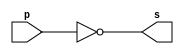
// ------------------------- 
// Extra0001 - BASE 
// Nome: Thaise Souto Martins 
// ------------------------- 

// ------------------------- 
// -- not gate 
// ------------------------- 
	module notgate (output s, input p); 
	assign s = ~p; 
	endmodule // notgate
	
// ------------------------- 
// -- test not gate 
// ------------------------- 
	module testnotgate; 
// ------------------------- dados locais 
	reg a; // definir registrador 
			 // (variavel independente) 
	wire s; // definir conexao (fio) 
			  // (variavel dependente ) 
// ------------------------- instancia 
	notgate NOT1 (s, a); 
// ------------------------- preparacao 
	initial begin:start 
	a=0; 
	end 
// ------------------------- parte principal 
	initial begin 
		$display("Extra0001 - Thaise Souto Martins - 395504"); 
		$display("Teste complemento de 1"); 
		$display("\n~a = s\n"); 
		a=0; 
	#1 $display("~%b = %b", a, s); 
		a=1; 
	#1 $display("~%b = %b", a, s); 

	end 

	endmodule // test_base 
	
// ------------------------- testes

/*
	Teste complemento de 1
	
	~a = s
	
	~0 = 1
	~1 = 0
*/